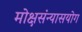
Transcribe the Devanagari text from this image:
मोक्षसंन्यासयोग